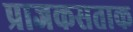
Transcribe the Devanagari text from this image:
प्राजकसताक